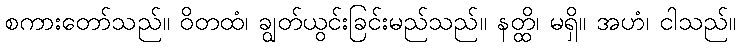
စကားတော်သည်။ ဝိတထံ၊ ချွတ်ယွင်းခြင်းမည်သည်။ နတ္ထိ၊ မရှိ။ အဟံ၊ ငါသည်။